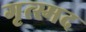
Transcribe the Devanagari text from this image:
गृत्स्मद